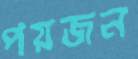
পয়জন